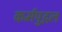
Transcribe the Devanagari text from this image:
कर्मपुद्गल